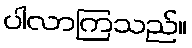
ပါလာကြသည်။